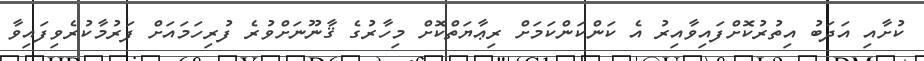
ކުށާއި އަދަބު އިތުރުކޮށްފައިވާއިރު އެ ކަންކަންކަމަށް ރިޢާޔަތްކޮށް މިހާރުގެ ޤާނޫނަށްވުރެ ފުރިހަމައަށް ފަރުމާކުރެވިފައިވާ